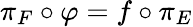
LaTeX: \pi_{F}\circ\varphi=f\circ\pi_{E}